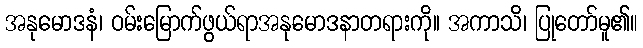
အနုမောဒနံ၊ ဝမ်းမြောက်ဖွယ်ရာအနုမောဒနာတရားကို။ အကာသိ၊ ပြုတော်မူ၏။